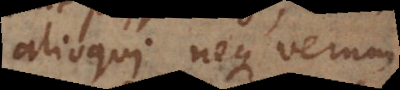
alioqui neque verum